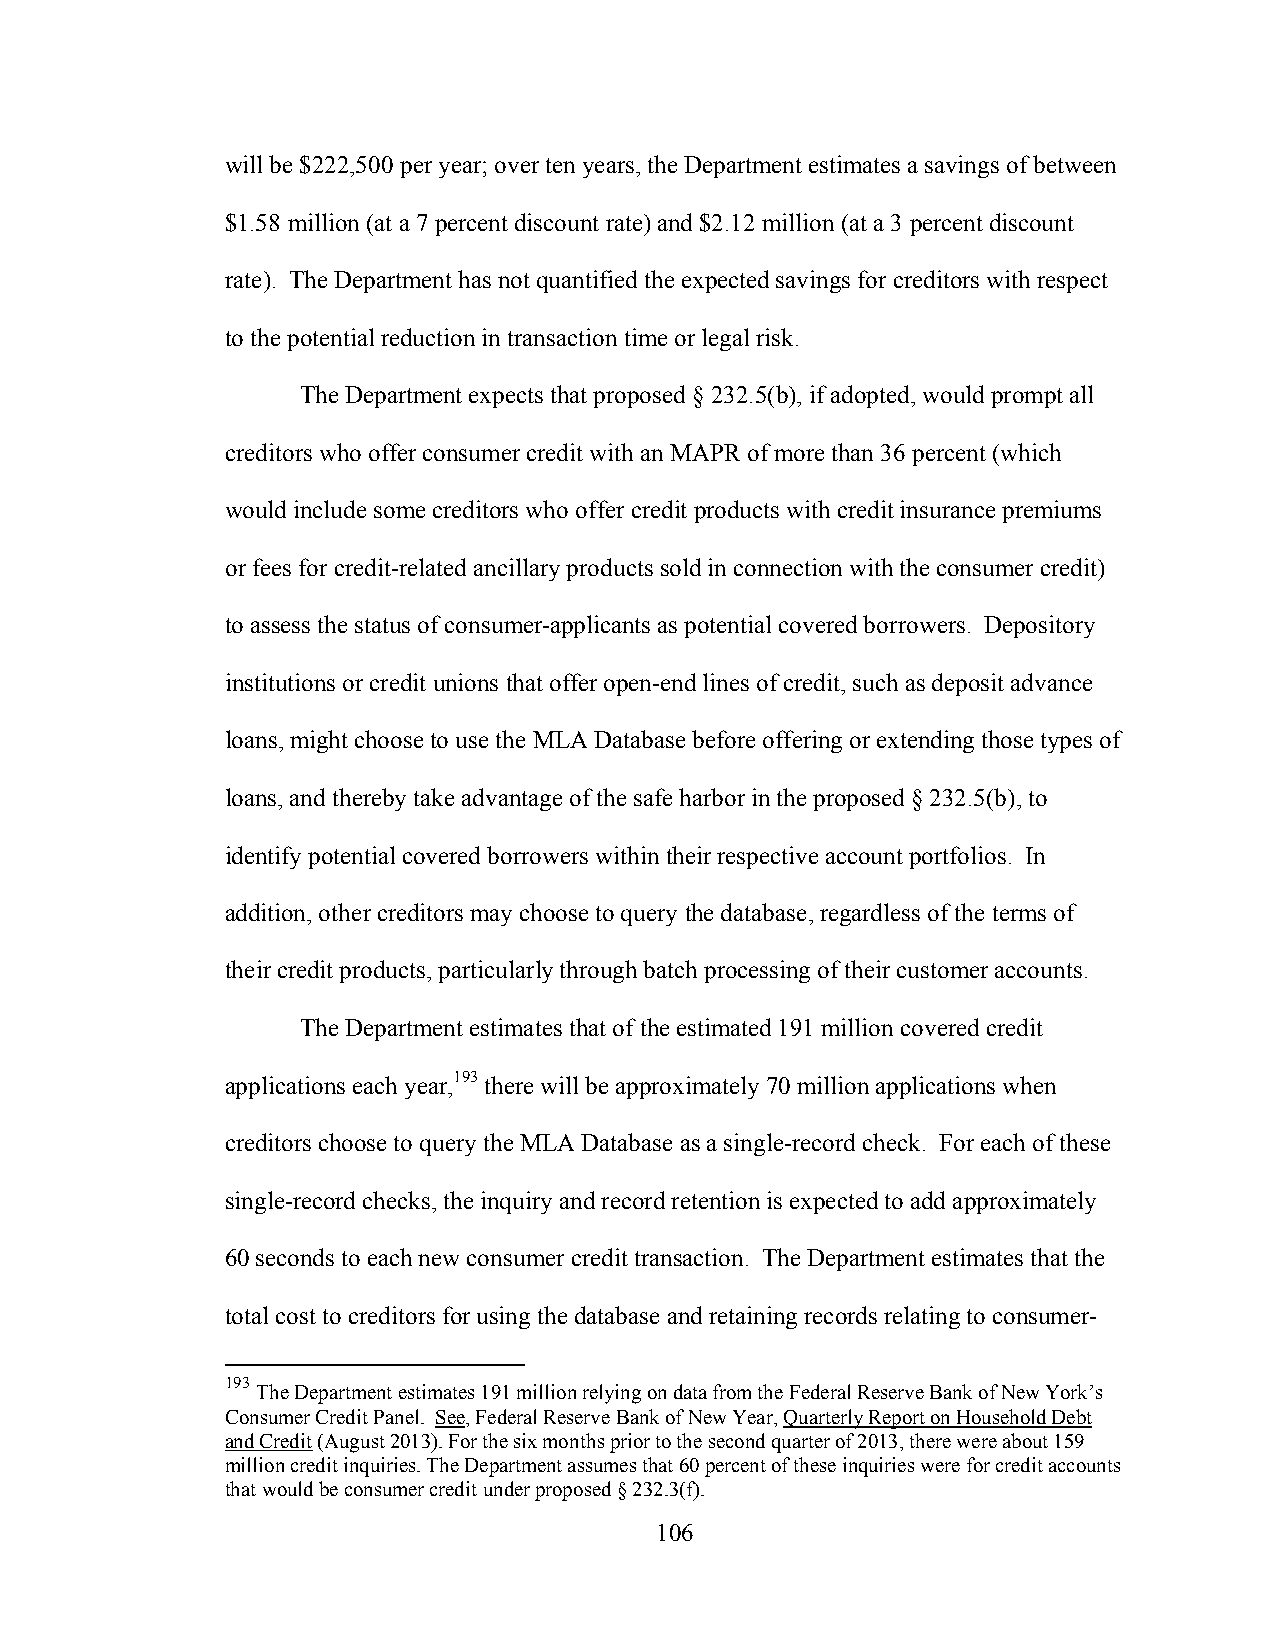
will be $222,500 per year; over ten years, the Department estimates a savings of between
 $1.58 million (at a 7 percent discount rate) and $2.12 million (at a 3 percent discount
 rate). The Department has not quantified the expected savings for creditors with respect
 to the potential reduction in transaction time or legal risk.
 The Department expects that proposed § 232.5(b), if adopted, would prompt all
 creditors who offer consumer credit with an MAPR of more than 36 percent (which
 would include some creditors who offer credit products with credit insurance premiums
 or fees for credit-related ancillary products sold in connection with the consumer credit)
 to assess the status of consumer-applicants as potential covered borrowers. Depository
 institutions or credit unions that offer open-end lines of credit, such as deposit advance
 loans, might choose to use the MLA Database before offering or extending those types of
 loans, and thereby take advantage of the safe harbor in the proposed § 232.5(b), to
 identify potential covered borrowers within their respective account portfolios. In
 addition, other creditors may choose to query the database, regardless of the terms of
 their credit products, particularly through batch processing of their customer accounts.
 The Department estimates that of the estimated 191 million covered credit
 applications each year,193 there will be approximately 70 million applications when
 creditors choose to query the MLA Database as a single-record check. For each of these
 single-record checks, the inquiry and record retention is expected to add approximately
 60 seconds to each new consumer credit transaction. The Department estimates that the
 total cost to creditors for using the database and retaining records relating to consumer-
 193
 The Department estimates 191 million relying on data from the Federal Reserve Bank of New York’s
 Consumer Credit Panel. See, Federal Reserve Bank of New Year, Quarterly Report on Household Debt
 and Credit (August 2013). For the six months prior to the second quarter of 2013, there were about 159
 million credit inquiries. The Department assumes that 60 percent of these inquiries were for credit accounts
 that would be consumer credit under proposed § 232.3(f).
 106